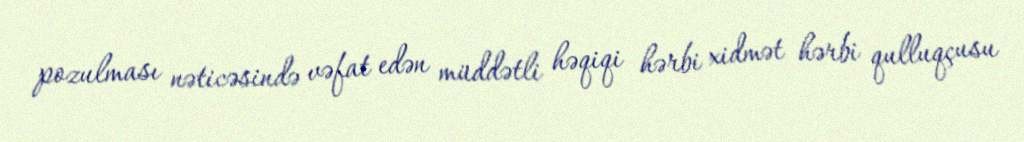
pozulması nəticəsində vəfat edən müddətli həqiqi hərbi xidmət hərbi qulluqçusu